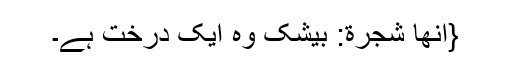
{اِنَّهَا شَجَرَةٌ: بیشک وہ ایک درخت ہے۔